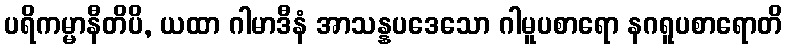
ပရိကမ္မာနီတိပိ, ယထာ ဂါမာဒီနံ အာသန္နပဒေသော ဂါမူပစာရော နဂရူပစာရောတိ